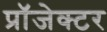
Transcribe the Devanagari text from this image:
प्रॉजेक्टर